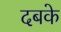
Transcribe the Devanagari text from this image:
दबके